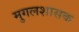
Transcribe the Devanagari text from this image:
मुगलशासक